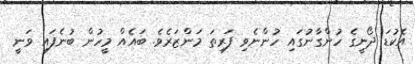
އެކުޑަ ދޯނީގެ ހުންގާނުގައި ހުންނެވި ފަރިތަ މަންޒަރެވެ. ބައެއް މީހުން ބުނެފައި ވަނީ